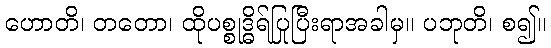
ဟောတိ၊ တတော၊ ထိုပစ္စုဒ္ဓိရ်ပြုပြီးရာအခါမှ။ ပဘုတိ၊ စ၍။